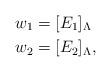
LaTeX: \begin{align*}w_1 &= [E_1]_\Lambda \\w_2 &= [E_2]_\Lambda,\end{align*}